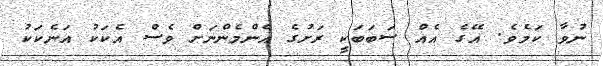
ނުވާ ކަމެވެ. އޭގެ އެއް ސަބަބަކީ ރަށުގެ އެންމެންނަށް ވެސް އެކަކު އަނެކަކު